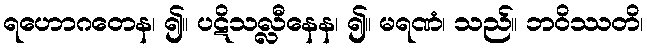
ရဟောဂတေန၊ ၍။ ပဋိသလ္လီနေန၊ ၍။ မရဏံ၊ သည်။ ဘဝိဿတိ၊